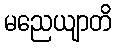
မညေယျာတိ